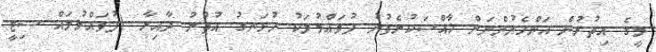
މީގެ އިތުރުން އަންހެނުންނަށް ޚާއްސަކުރެވުނު ފުވައްމުލަކު ހުޅަނގު އުތުރު ދާއިރާ (ފުވައްމުލައް ސިޓީ